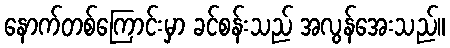
နောက်တစ်ကြောင်းမှာ ခင်စန်းသည် အလွန်အေးသည်။